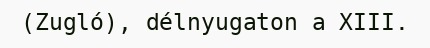
(Zugló), délnyugaton a XIII.